Lock hospitals Punjab
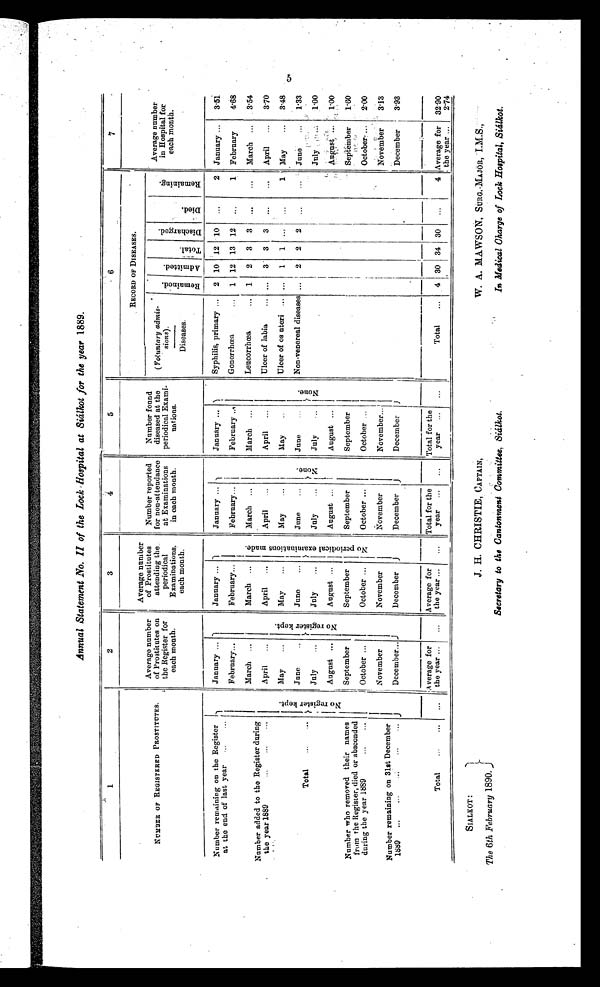
Annual Statement No. II of the Lock Hospital at Sialkot for the year 1889.
1
2
3
5
6
7
NUMBER OF REGISTERED PROSTITUTES,
Average number
of Prostitutes on
the Register for
each month.
Average number
of Prostitutes
attending the
periodical
Examinations.
each month.
Number reported
for non-attendance
at Examinations
in each month.
Number found
diseased at the
periodical Exami-
nations.
RECORD OF DISEASES.
Average number
in Hospital for
each month.
( Voluntary admis-
sions).
Diseases
R e m a i n e d .
A d m i t t e d .
T o t a l .
D i s c h a r g e d .
D i e d .
R e m a i n i n g .
Number remaining on the Register
at the end of last year
. . .
. . .
January ...
January ...
January ...
January ...
Syphilis, primary ...
2 10 12 10
...
2 January ...
3.51
February...
February...
N o p e r i o d i c a l e x a m i n a t i o n s m a d e .
February...
February...
Gonorrhœa
... 1 12 13 12 . . .
1 February
4.68
Number added to the Register during
the year 1889... ... ...
March
March ...
March ...
March ...
Leucorrhœa
... 1 2 3 3 ...
...
March ...
3.54
April
...
N o r e g i s t e r k e p t .
April
...
April
April
...
Ulcer of labia
... ...
3 3
3 ...
...
April
...
3.70
Total
. . . . . .
N o r e g i s t e r k e p t . May
...
May
...
May
..
May...
Ulcer of os uteri ... ...
1 1 ... ...
1 May
...
3.48
June
...
June
...
June
...
N o n e .
June...
N o n e .
Non-venereal diseases ...
2 2
2
...
. . . June
...
1.33
July
...
July
...
July
...
July...
July
. . . 1.00
August ...
August ...
August ...
August ...
August ... 1.00
Number who removed their names
from the Register, died or absconded
during the year 1889... ...
September
September
September
September
September
1.60
1
October ...
October ...
October ...
October ...
October ...
2.00
Number remaining on 31st December
1889
. . .
. . .
. . .
. . .
. . .
November
November
November
November...
November
3.13
December...
December
December
December
December
3.93
Total
... ...
. . .
Average for
the year ...
...
Average for
the year ...
...
Total for the
year ...
...
Total for the
year ...
...
Total
... - 30 34 30 ...
4 Average for
Ø
the year ...
32.90
2.4
5
SIALKOT :
The 6th February 1890.
J. H. CHRISTIE, CAPTAIN,
Secretary to the Cantonment Committee, Sialkot
W. A. MAWSON, SURG,-MAJOR, I.M.S.,
In Medical Charge of Lock Hospital, Sialkot.